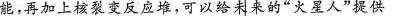
能。再加上核裂变反应堆，可以给未来的”火星人”提供